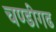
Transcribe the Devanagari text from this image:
चण्‍डीगढ